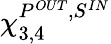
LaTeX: \chi_{3,4}^{P^{OUT},S^{IN}}